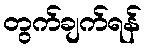
တွက်ချက်ရန်